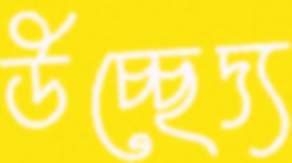
উচ্ছেদ্য